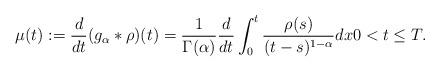
LaTeX: \begin{align*}\mu(t) := \frac{d}{dt}(g_{\alpha}*\rho)(t) = \frac{1}{\Gamma(\alpha)}\frac{d}{dt}\int_{0}^{t}\frac{\rho(s)}{(t-s)^{1-\alpha}}dx 0<t\leq T.\end{align*}